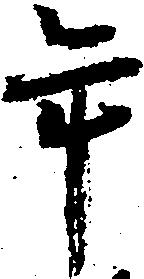
年